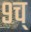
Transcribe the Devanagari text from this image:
९च्